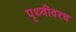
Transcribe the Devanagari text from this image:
पृथ्वीवरच